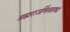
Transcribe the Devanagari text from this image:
ब्रह्मराजर्षिरत्नाढ्यां